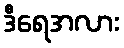
ဒီရေအလား